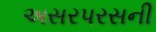
અસરપરસની